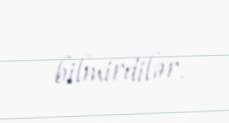
bilmirdilər.